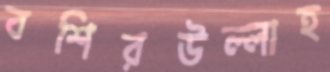
বশিরউল্লাহ